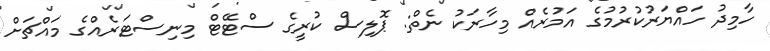
ހާމިދު ހައްޔަރުކުރުމުގެ އަމުރެއް މިހާރަކު ނެތް: ޕޮލިސް ކުރީގެ ސްޓޭޓް މިނިސްޓަރެއްގެ މައްޗަށް